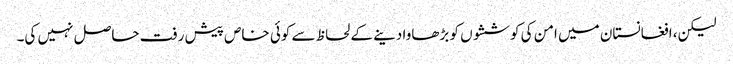
لیکن، افغانستان میں امن کی کوششوں کو بڑھاوا دینے کے لحاظ سے کوئی خاص پیش رفت حاصل نہیں کی۔